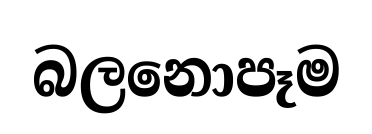
බලනොපෑම